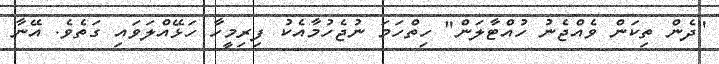
"ދެން ތިކަން ވެއްޖެނު ހުއްޓާލަން" ހިތްހަމަ ނުޖެހުމާއެކު ފިރިމީހާ ހަޅޭއްލަވައި ގަތެވެ. އޭނާ